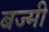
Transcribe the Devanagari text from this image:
बज्मी